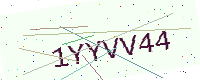
Text: 1YYVV44